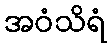
အဝံသိရံ